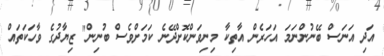
އަދި އަނަސް ބޭނުންނަމަ އަހަރެން އާތިކާ މިނިވަންކޮށްދޭނެ ކަަމަަށްވެސް ބުނިން" ޒިޔާދުގެ ވާހަކަަތައް